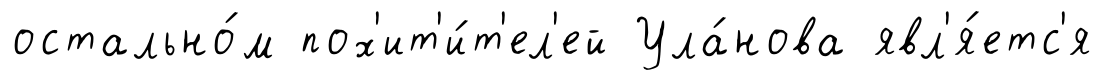
остально́м пох'ит'и́т'ел'ей Ула́нова явл'я́етс'я